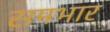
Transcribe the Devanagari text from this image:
समभार